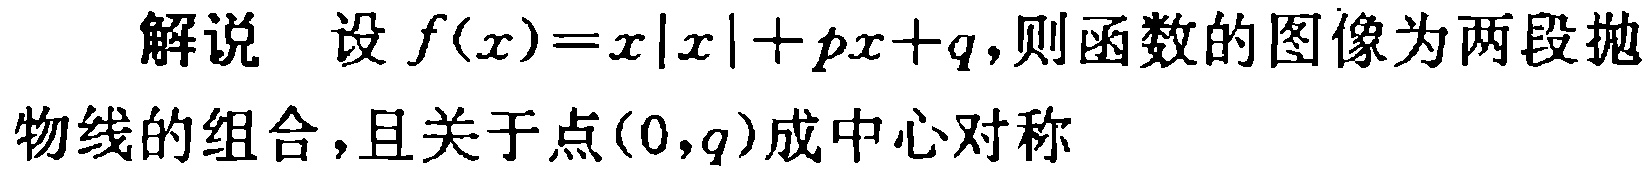
解说 设 \(f(x)=x|x| + px + q\)，则函数的图像为两段抛物线的组合，且关于点\((0,q)\)成中心对称